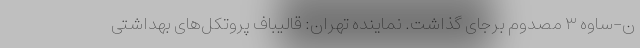
ن-ساوه ۳ مصدوم برجای گذاشت. نماینده تهران: قالیباف پروتکل‌های بهداشتی